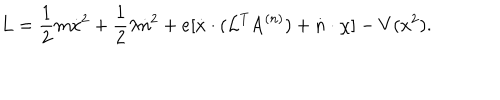
\mathrm { L } = \frac { 1 } { 2 } m \dot { x } ^ { 2 } + \frac { 1 } { 2 } \lambda \dot { n } ^ { 2 } + e [ \dot { x } \cdot ( { \cal L } ^ { T } \mathrm { A } ^ { ( n ) } ) + \dot { n } \cdot \chi ] - V ( x ^ { 2 } ) .